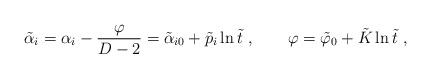
LaTeX: \begin{align*}\tilde{\alpha}_i = \alpha_i - \frac{\varphi}{D-2} = \tilde{\alpha}_{i0} + \tilde{p}_i \ln \tilde{t} \ , \qquad\varphi = \tilde{\varphi}_0 + \tilde{K} \ln \tilde{t} \ ,\end{align*}